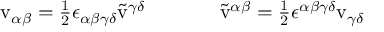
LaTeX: \begin{array} { c c } { { \mathrm { v } _ { \alpha \beta } = \textstyle { \frac { 1 } { 2 } } \epsilon _ { \alpha \beta \gamma \delta } \tilde { \mathrm { v } } ^ { \gamma \delta } ~ ~ ~ ~ } } & { { ~ ~ ~ ~ \tilde { \mathrm { v } } ^ { \alpha \beta } = \textstyle { \frac { 1 } { 2 } } \epsilon ^ { \alpha \beta \gamma \delta } \mathrm { v } _ { \gamma \delta } } } \end{array}